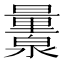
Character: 𬉨